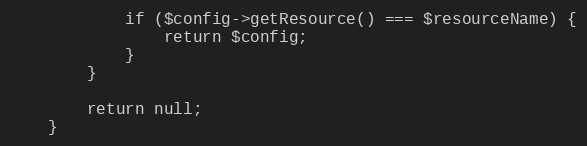
Language: PHP
            if ($config->getResource() === $resourceName) {
                return $config;
            }
        }

        return null;
    }